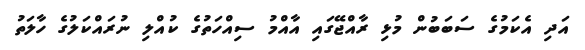
އަދި އެކަމުގެ ސަބަބުން މުޅި ރާއްޖޭގައި އާއްމު ސިއްހަތުގެ ކުއްލި ނުރައްކަލުގެ ހާލަތު